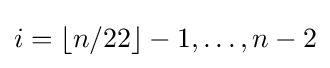
i=\lfloor n/22\rfloor -1,\dots ,n-2